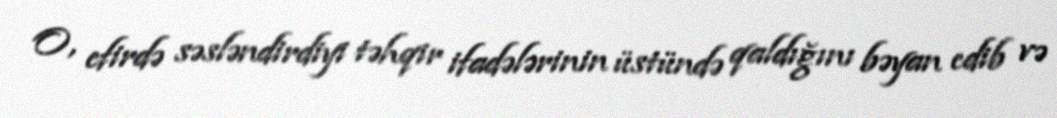
O, efirdə səsləndirdiyi təhqir ifadələrinin üstündə qaldığını bəyan edib və